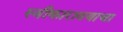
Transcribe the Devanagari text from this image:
स्वीकारावयाचा